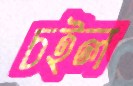
চইল